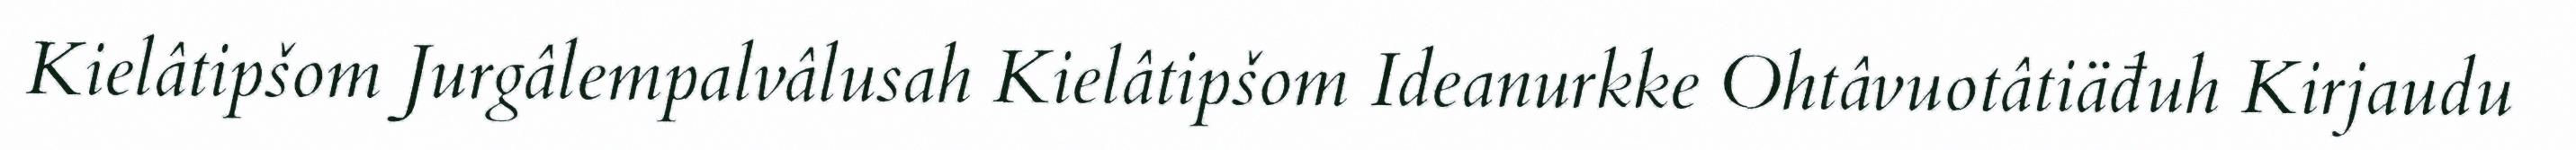
Kielâtipšom Jurgâlempalvâlusah Kielâtipšom Ideanurkke Ohtâvuotâtiäđuh Kirjaudu